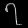
Digit: ၇